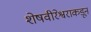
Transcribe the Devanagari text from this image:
शेषवीरेश्वराकडून